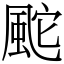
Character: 䬁